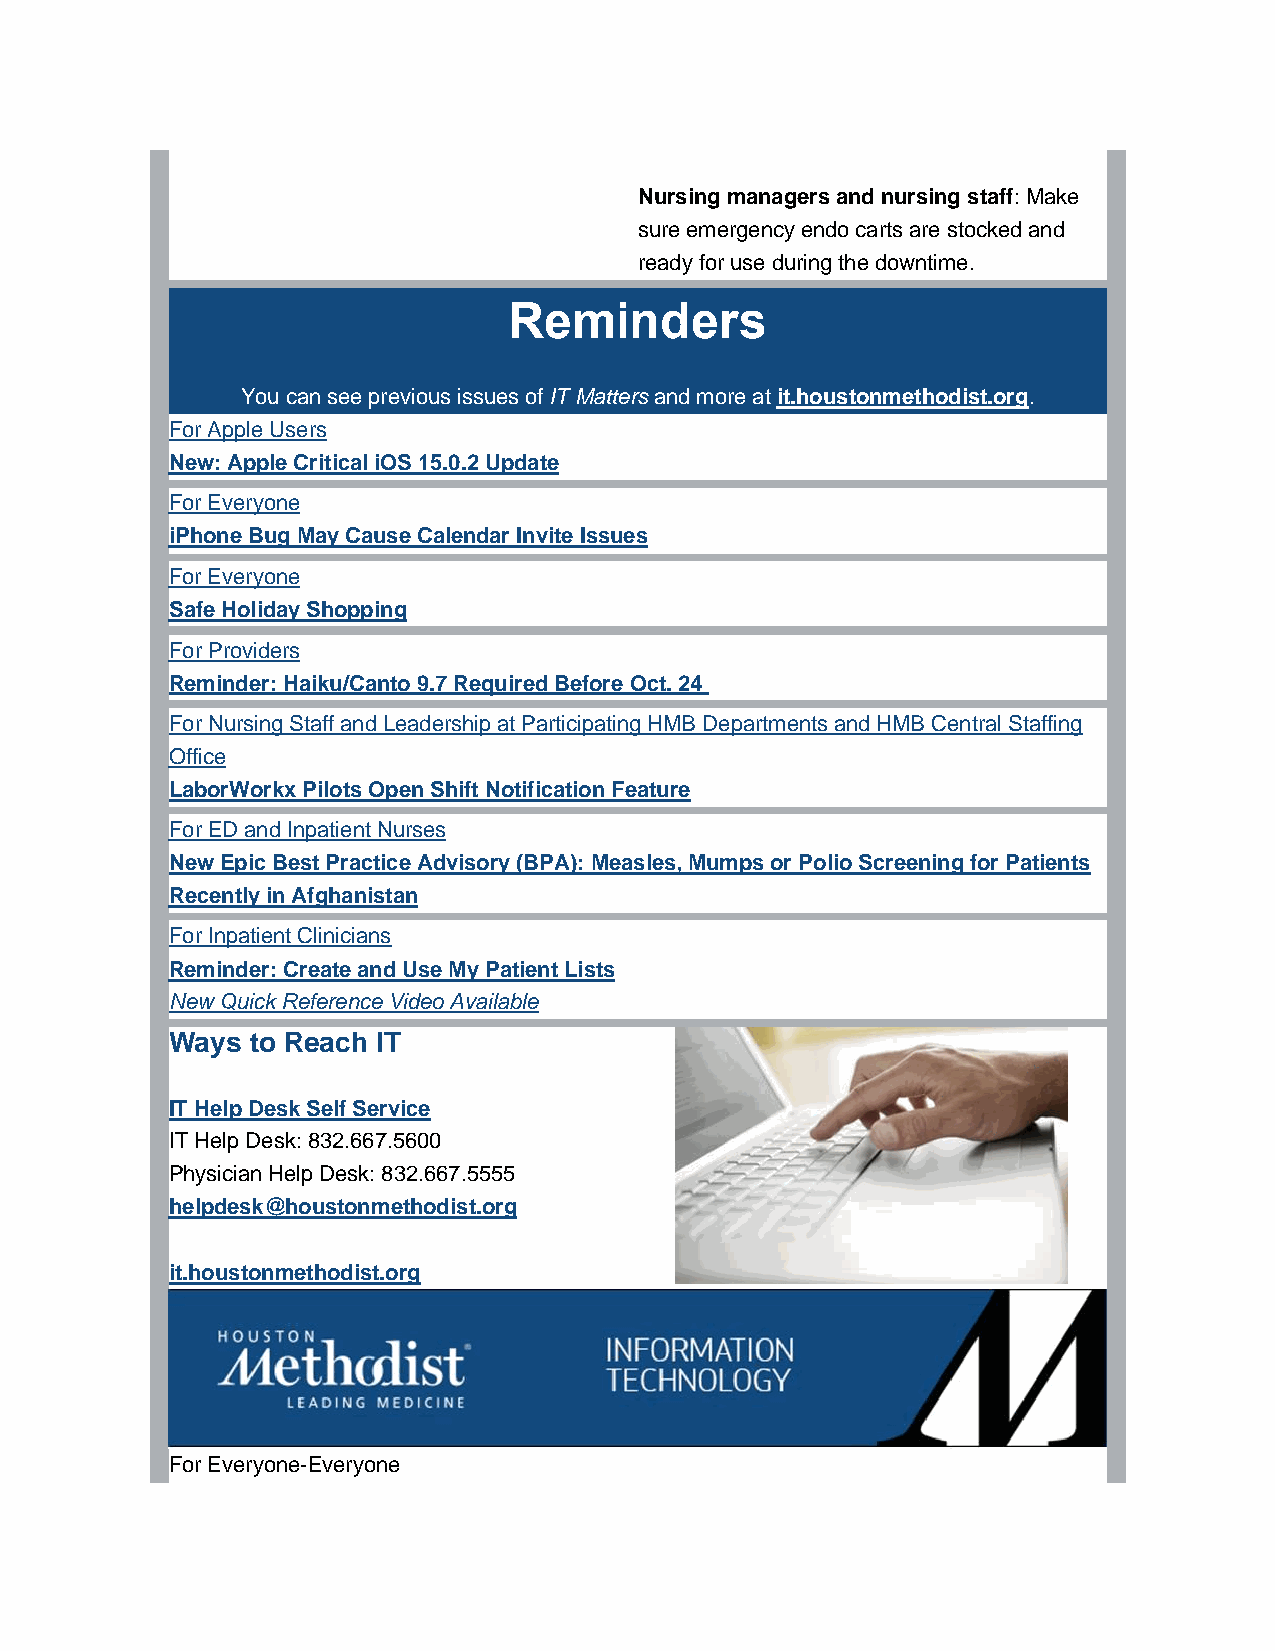
Nursing managers and nursing staff: Make
 sure emergency endo carts are stocked and
 ready for use during the downtime.
 Reminders
 You can see previous issues of IT Matters and more at it.houstonmethodist.org.
 For Apple Users
 New: Apple Critical iOS 15.0.2 Update
 For Everyone
 iPhone Bug May Cause Calendar Invite Issues
 For Everyone
 Safe Holiday Shopping
 For Providers
 Reminder: Haiku/Canto 9.7 Required Before Oct. 24
 For Nursing Staff and Leadership at Participating HMB Departments and HMB Central Staffing
 Office
 LaborWorkx Pilots Open Shift Notification Feature
 For ED and Inpatient Nurses
 New Epic Best Practice Advisory (BPA): Measles, Mumps or Polio Screening for Patients
 Recently in Afghanistan
 For Inpatient Clinicians
 Reminder: Create and Use My Patient Lists
 New Quick Reference Video Available
 Ways  to Reach IT
 IT Help Desk Self Service
 IT Help Desk: 832.667.5600
 Physician Help Desk: 832.667.5555
 helpdesk@houstonmethodist.org
 it.houstonmethodist.org
 For Everyone-Everyone